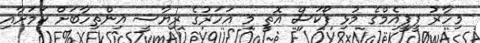
މިހާރު ޕީޕީއެމްގެ މުޅި ފޯކަސް އޮތީ މި އަހަރުގެ ރިޔާސީ އިންތިހާބަށް ކަމަށާއި